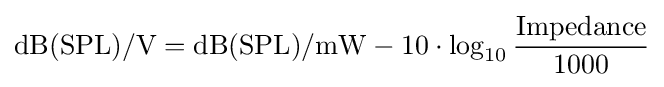
\mathrm {dB(SPL)} /\mathrm {V} =\mathrm {dB(SPL)} /\mathrm {mW} -10\cdot \log _{10}{\frac {\mathrm {Impedance} }{1000}}